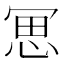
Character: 𠖓